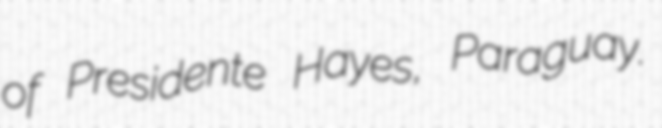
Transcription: of Presidente Hayes, Paraguay.